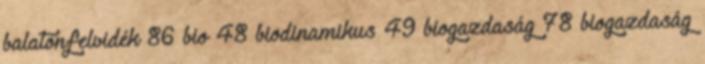
balatonfelvidék 86 bio 48 biodinamikus 49 biogazdaság 78 biogazdaság